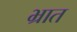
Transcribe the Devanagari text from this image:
भ्रात